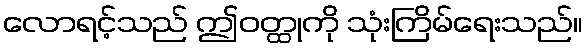
လောရင့်သည် ဤဝတ္ထုကို သုံးကြိမ်ရေးသည်။